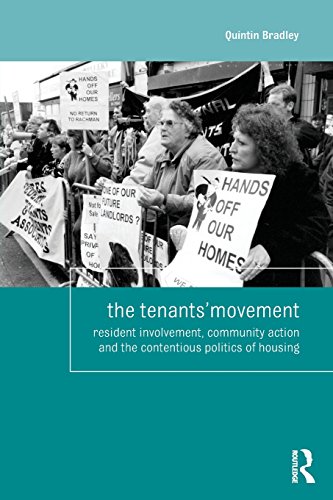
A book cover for The Tenants' Movement: Resident involvement, community action and the contentious politics of housing (Housing and Society Series); Quintin Bradley; Law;